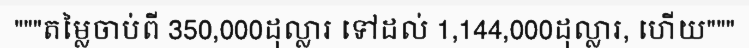
"""តម្លៃចាប់ពី 350,000ដុល្លារ ទៅដល់ 1,144,000ដុល្លារ, ហើយ"""